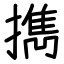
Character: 擕